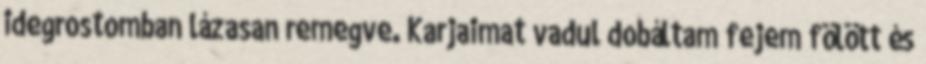
idegrostomban lázasan remegve. Karjaimat vadul dobáltam fejem fölött és